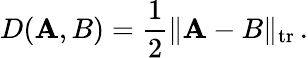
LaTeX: D(\mathbf{A},B)={\frac{{1}}{{2}}}\| \mathbf{A}-B\| _{\mathrm{{{tr}}}}\, .